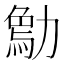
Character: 𠢰